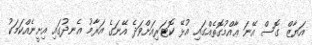
އަޔާޒް ގޮސް އޭނަ ޢާއްމުގޮތެއްގައި އުޅޭ ކޮޓަރިއަށްވަދެ އޭނަގެ އަރާމު އެނދުގައި އިށީނެއްކަމަކު